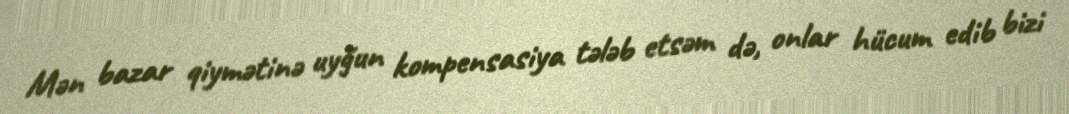
Mən bazar qiymətinə uyğun kompensasiya tələb etsəm də, onlar hücum edib bizi